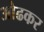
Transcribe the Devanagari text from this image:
ओढकर